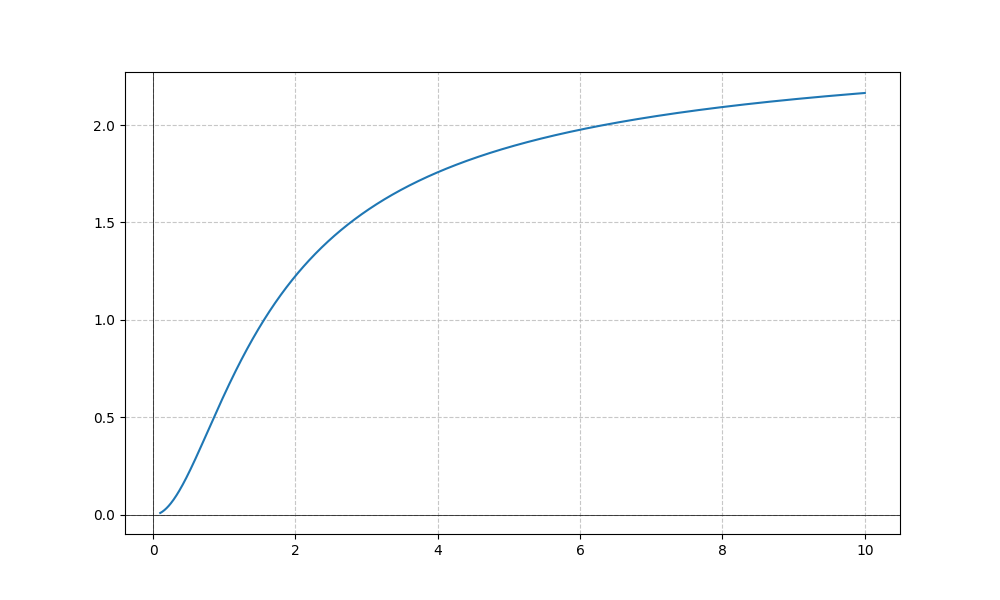
LaTeX formula: \operatorname{atan}^{2}{\left(x \right)}